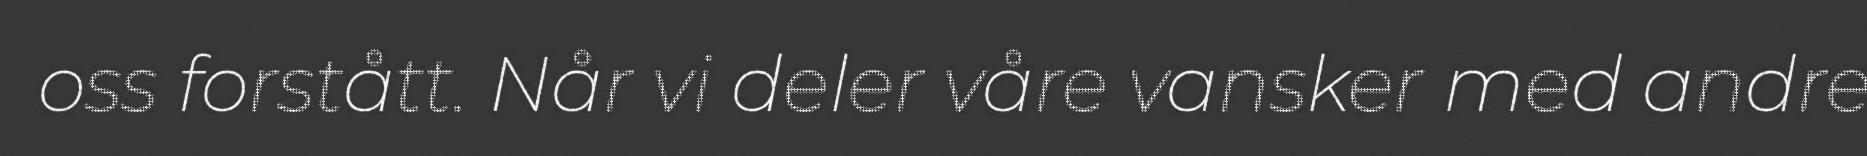
oss forstått. Når vi deler våre vansker med andre